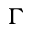
\Gamma